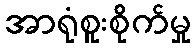
အာရုံစူးစိုက်မှု